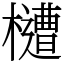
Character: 㯾